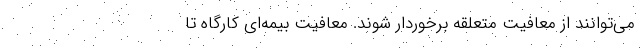
می‌توانند از معافیت متعلقه برخوردار شوند. معافیت بیمه‌ای کارگاه تا